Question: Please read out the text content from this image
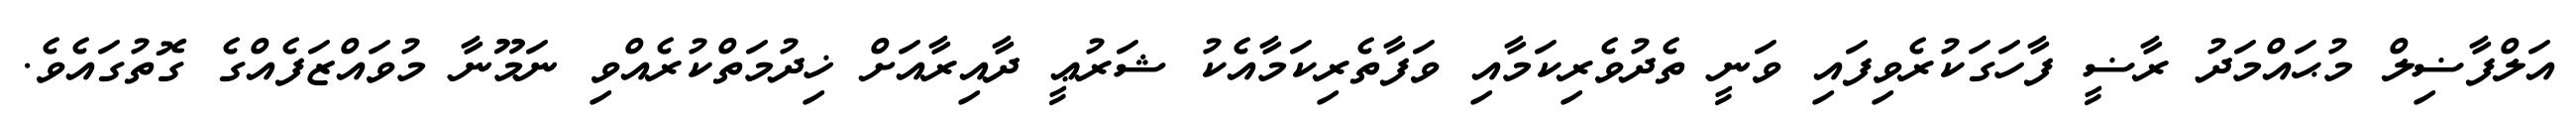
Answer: އަލްފާޟިލް މުޙައްމަދު ރާޟީ ފާހަގަކުރެވިފައި ވަނީ ތެދުވެރިކަމާއި ވަފާތެރިކަމާއެކު ޝަރުޢީ ދާއިރާއަށް ޚިދުމަތްކުރެއްވި ނަމޫނާ މުވައްޒަފެއްގެ ގޮތުގައެވެ.